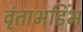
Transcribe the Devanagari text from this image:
वृंताभडिंभ